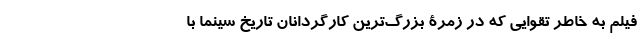
فیلم به خاطر تقوایی که در زمرۀ بزرگ‌ترین کارگردانان تاریخ سینما با